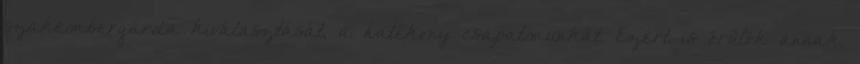
szakembergárda kiválasztását, a hatékony csapatmunkát. Ezért is örülök annak,